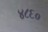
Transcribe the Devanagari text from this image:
४८६०